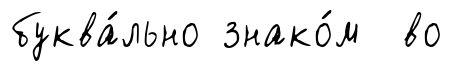
буква́льно знако́м во